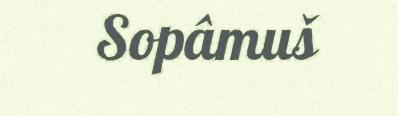
Sopâmuš